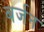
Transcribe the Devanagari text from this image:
बर्जन